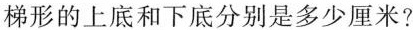
梯形的上底和下底分别是多少厘米?